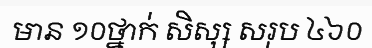
មាន ១០ថ្នាក់ សិស្ស សរុប ៤៦០